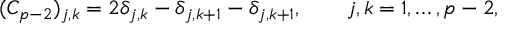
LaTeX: ( C _ { p - 2 } ) _ { j , k } = 2 \delta _ { j , k } - \delta _ { j , k + 1 } - \delta _ { j , k + 1 } , \qquad j , k = 1 , \ldots , p - 2 ,